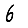
Digit: 6